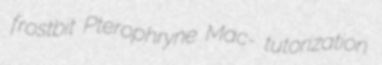
frostbit Pterophryne Mac- tutorization